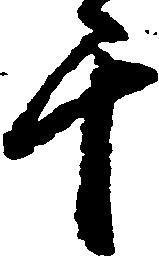
千